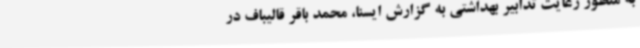
به منظور رعایت تدابیر بهداشتی به گزارش ایسنا، محمد باقر قالیباف در